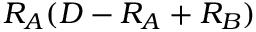
R _ { A } ( D - R _ { A } + R _ { B } )